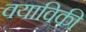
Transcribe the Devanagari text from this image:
वयाविकी